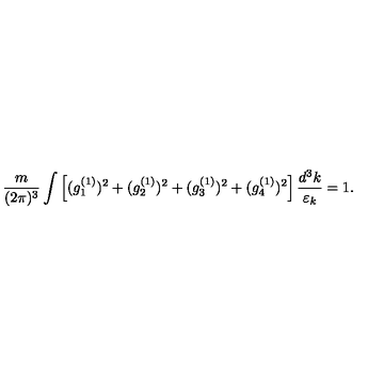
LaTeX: { \frac { m } { ( 2 \pi ) ^ { 3 } } } \int \left[ ( g _ { 1 } ^ { ( 1 ) } ) ^ { 2 } + ( g _ { 2 } ^ { ( 1 ) } ) ^ { 2 } + ( g _ { 3 } ^ { ( 1 ) } ) ^ { 2 } + ( g _ { 4 } ^ { ( 1 ) } ) ^ { 2 } \right] { \frac { d ^ { 3 } k } { \varepsilon _ { k } } } = 1 .